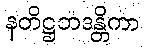
နတိဋ္ဌဘဒန္တိကာ